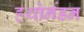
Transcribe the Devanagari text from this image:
हथोर्नडन